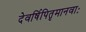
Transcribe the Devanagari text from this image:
देवर्षिपितृमानवाः